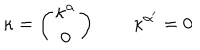
\kappa = \left( \begin{matrix} { { \kappa ^ { \alpha } } } \\ { { 0 } } \\ \end{matrix} \right) \qquad \kappa ^ { \alpha ^ { \prime } } = 0